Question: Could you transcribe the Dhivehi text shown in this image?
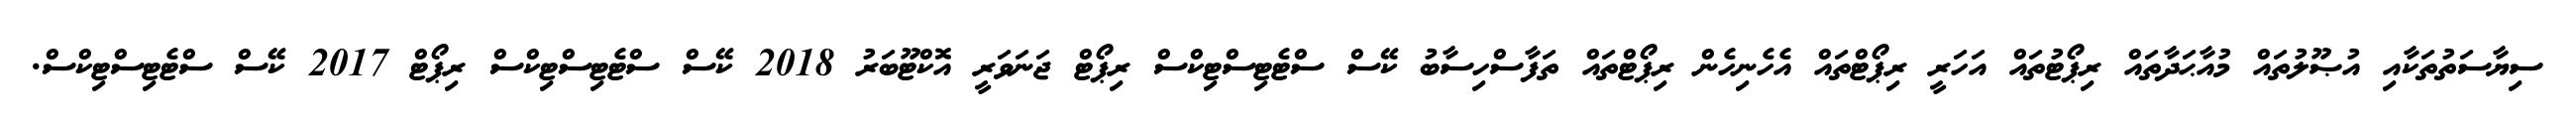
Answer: ސިޔާސަތުތަކާއި އުޞޫލުތައް މުއާޙަދާތައް ރިޕޯޓުތައް އަހަރީ ރިޕޯޓްތައް އެހެނިހެން ރިޕޯޓްތައް ތަފާސްހިސާބު ކޭސް ސްޓެޓިސްޓިކްސް ރިޕޯޓް ޖަނަވަރީ އޮކްޓޫބަރު 2018 ކޭސް ސްޓެޓިސްޓިކްސް ރިޕޯޓް 2017 ކޭސް ސްޓެޓިސްޓިކްސް.